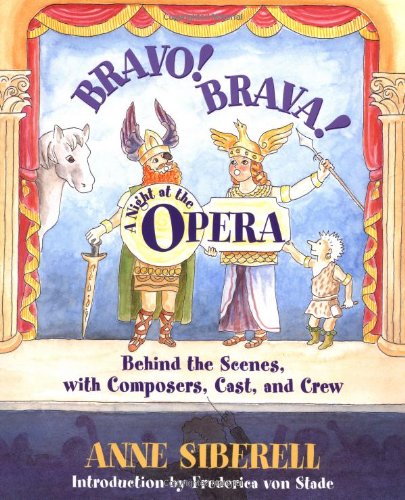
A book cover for Bravo! Brava! A Night at the Opera: Behind the Scenes with Composers, Cast, and Crew; Anne Siberell; Teen & Young Adult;